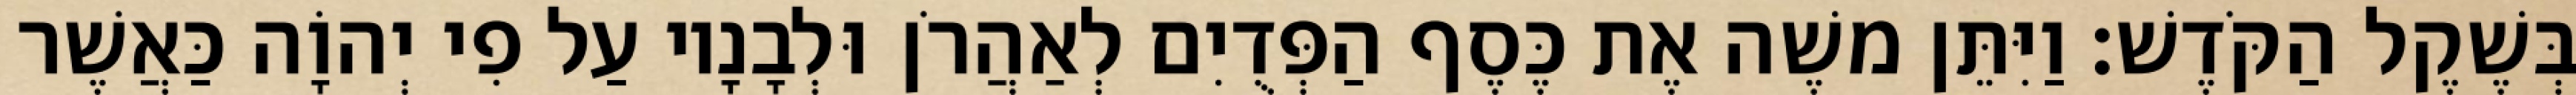
בְּשֶׁקֶל הַקֹּדֶשׁ׃ וַיִּתֵּן משֶׁה אֶת כֶּסֶף הַפְּדֻיִם לְאַהֲרֹן וּלְבָנָיו עַל פִי יְהוָֹה כַּאֲשֶׁר